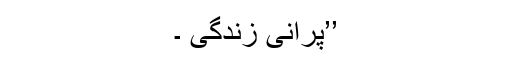
’’پرانی زندگی ۔